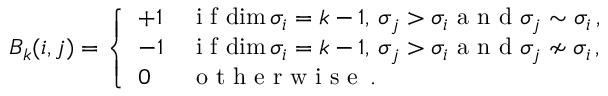
\begin{array} { r } { B _ { k } ( i , j ) = \left\{ \begin{array} { l l } { + 1 } & { \mathrm { ~ i ~ f ~ } \mathrm { d i m } \, \sigma _ { i } = k - 1 , \, \sigma _ { j } > \sigma _ { i } \mathrm { ~ a ~ n ~ d ~ } \sigma _ { j } \sim \sigma _ { i } \, , } \\ { - 1 } & { \mathrm { ~ i ~ f ~ } \mathrm { d i m } \, \sigma _ { i } = k - 1 , \, \sigma _ { j } > \sigma _ { i } \mathrm { ~ a ~ n ~ d ~ } \sigma _ { j } \nsim \sigma _ { i } \, , } \\ { 0 \ } & { \mathrm { ~ o ~ t ~ h ~ e ~ r ~ w ~ i ~ s ~ e ~ } \, . } \end{array} \right. } \end{array}